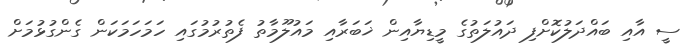
ސީ އާއި ބައްދަލުކޮށްފި ދައުލަތުގެ މީޑިޔާއިން ޚަބަރާއި މައުލޫމާތު ފެތުރުމުގައި ހަމަހަމަކަން ގެންގުޅުމަށް